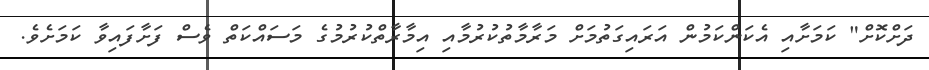
ދަށްކޮށް" ކަމަށާއި އެކަންކަމުން އަރައިގަތުމަށް މަރާމާތުކުރުމާއި އިމާރާތްކުރުމުގެ މަސައްކަތް ވެސް ފަށާފައިވާ ކަމަށެވެ.